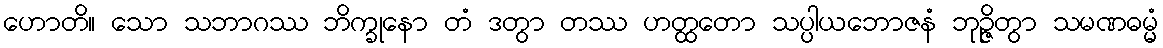
ဟောတိ။ သော သဘာဂဿ ဘိက္ခုနော တံ ဒတွာ တဿ ဟတ္ထတော သပ္ပါယဘောဇနံ ဘုဉ္ဇိတွာ သမဏဓမ္မံ